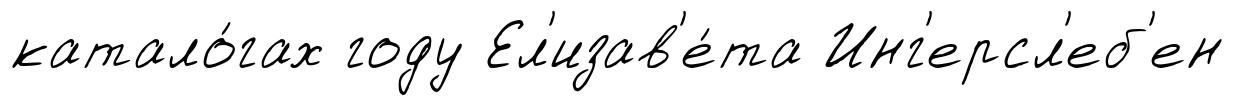
катало́гах году Ел'изав'е́та Инг'ерсл'еб'ен